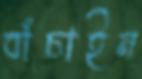
বাঁচাইন